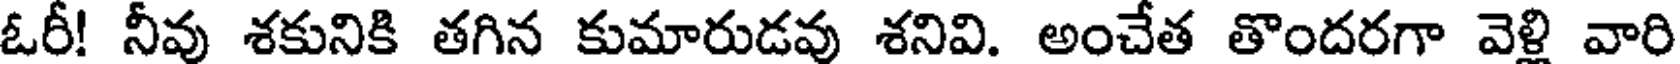
ఓరీ! నీవు శకునికి తగిన కుమారుడవు శనివి. అంచేత తొందరగా వెళ్లి వారి